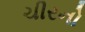
ચીરનો